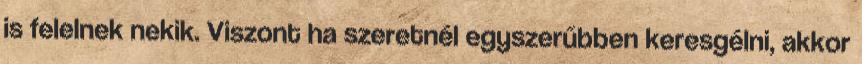
is felelnek nekik. Viszont ha szeretnél egyszerűbben keresgélni, akkor